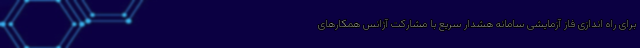
برای راه اندازی فاز آزمایشی سامانه هشدار سریع با مشارکت آژانس همکارهای